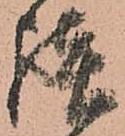
談